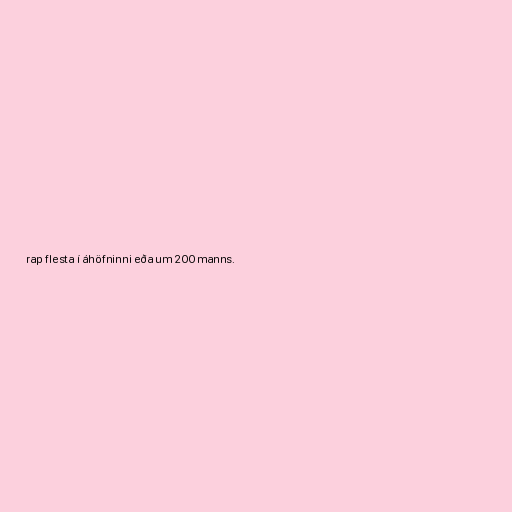
rap flesta í áhöfninni eða um 200 manns.